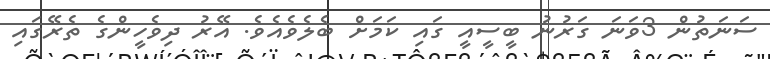
ސަނަތުން 3ވަނަ ގަރުނު ބީސީއީ ގައި ކަމަށް ބެލެވެއެވެ. އޭރު ދިވެހީންގެ ތެރޭގައި